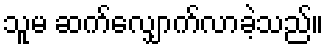
သူမ ဆက်လျှောက်လာခဲ့သည်။